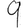
Digit: 9